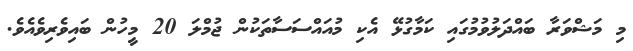
މި މަޝްވަރާ ބައްދަލުވުމުގައި ކަމާގުޅޭ އެކި މުއައްސަސާތަކުން ޖުމްލަ 20 މީހުން ބައިވެރިވެއެވެ.